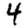
Digit: 4